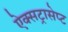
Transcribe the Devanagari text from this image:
ऐक्सट्रासेप्ट